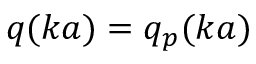
q ( k a ) = q _ { p } ( k a )